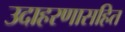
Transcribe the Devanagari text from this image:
उदाहरणासहित